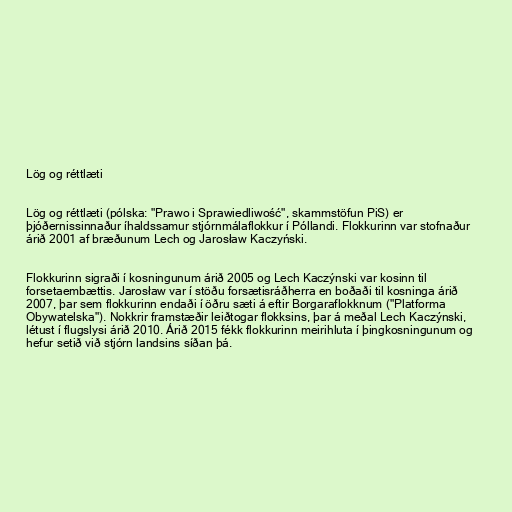
Lög og réttlæti

Lög og réttlæti (pólska: "Prawo i Sprawiedliwość", skammstöfun PiS) er
þjóðernissinnaður íhaldssamur stjórnmálaflokkur í Póllandi. Flokkurinn var stofnaður
árið 2001 af bræðunum Lech og Jarosław Kaczyński.

Flokkurinn sigraði í kosningunum árið 2005 og Lech Kaczýnski var kosinn til
forsetaembættis. Jarosław var í stöðu forsætisráðherra en boðaði til kosninga árið
2007, þar sem flokkurinn endaði í öðru sæti á eftir Borgaraflokknum ("Platforma
Obywatelska"). Nokkrir framstæðir leiðtogar flokksins, þar á meðal Lech Kaczýnski,
létust í flugslysi árið 2010. Árið 2015 fékk flokkurinn meirihluta í þingkosningunum og
hefur setið við stjórn landsins síðan þá.